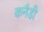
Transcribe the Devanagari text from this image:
कनैडी